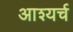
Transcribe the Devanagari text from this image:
आश्यर्च